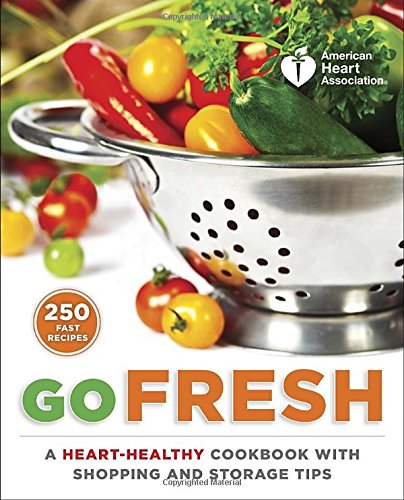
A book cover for American Heart Association Go Fresh: A Heart-Healthy Cookbook with Shopping and Storage Tips; American Heart Association; Cookbooks, Food & Wine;